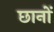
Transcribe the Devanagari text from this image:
छानों